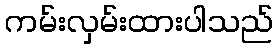
ကမ်းလှမ်းထားပါသည်